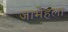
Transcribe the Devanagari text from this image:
जामेहला